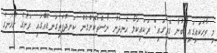
މި ވާހަކައިގައި ބުނާ ގޮތުގައި: ރަކައިކަލޯ ހެނދުނު ނާސްތާކޮށްގެން ކަނދުފަތިގަނޑެއްގައި ރަށުގެ ހުޅަނގު